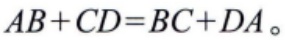
\(AB + CD = BC + DA\)